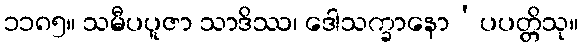
၁၁၈၅။ သမီပပူဇာ သာဒိဿ၊ ဒေါသက္ခာနော’ပပတ္တိသု။